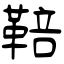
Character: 鞛